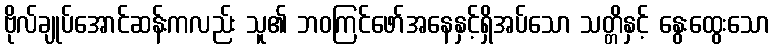
ဗိုလ်ချုပ်အောင်ဆန်းကလည်း သူ၏ ဘဝကြင်ဖော်အနေနှင့်ရှိအပ်သော သတ္တိနှင့် နွေးထွေးသော